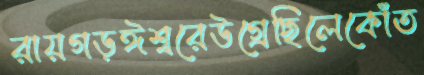
রায়গড়ঈশ্বরেউগ্‌রেছিলেকোঁত